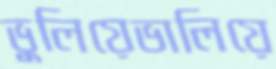
ভুলিয়েভালিয়ে